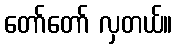
တော်တော် လှတယ်။